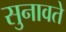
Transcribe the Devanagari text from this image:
सुनावते